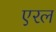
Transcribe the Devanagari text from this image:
एरल